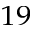
_ { 1 9 }